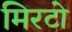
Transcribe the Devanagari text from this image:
मिरटो